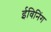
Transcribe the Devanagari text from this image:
ईविनिंग